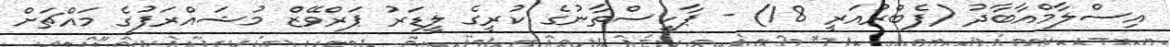
އިސްލާމްއާބާދު (ފެބްރުއަރީ 18) - ޕާކިސްތާނުގެ ކުރީގެ ލީޑަރު ޕަރްވޭޒް މުޝައްރަފުގެ މައްޗަށް